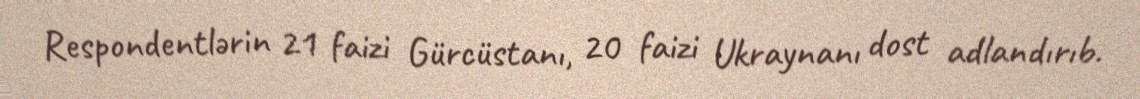
Respondentlərin 21 faizi Gürcüstanı, 20 faizi Ukraynanı dost adlandırıb.